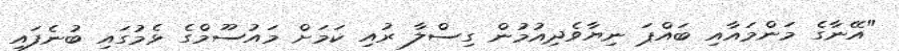
"އޭނާގެ މަންމައާއި ބައްޕަ ނިޔާވެދިއުމުން ގިސްލާ ރުއި ކަމަށް މައުސޫމްގެ ޅެމުގައި ބުނެފައި